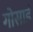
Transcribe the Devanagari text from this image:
गोसार्ड